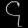
Digit: ၄